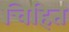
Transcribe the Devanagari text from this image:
चिहित